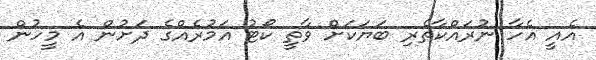
އެއީ އެހާ ނުރައްކާތެރި ބަޔަކަށް ވާތީ ކޯޓު އަމުރެއްގެ ދަށުން އެ މީހުން